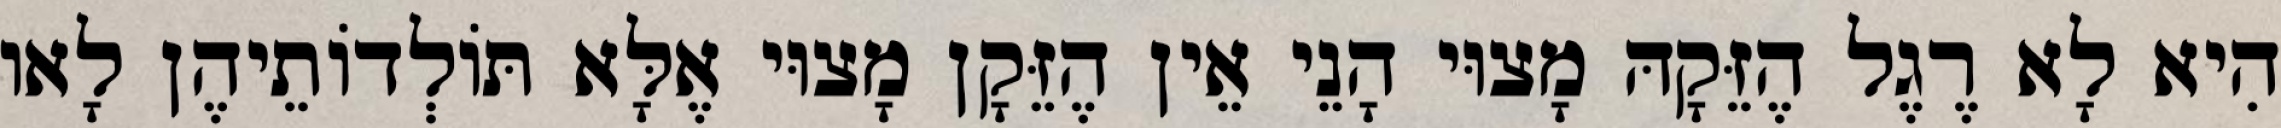
הִיא לָא רֶגֶל הֶזֵּקָהּ מָצוּי הָנֵי אֵין הֶזֵּקָן מָצוּי אֶלָּא תּוֹלְדוֹתֵיהֶן לָאו